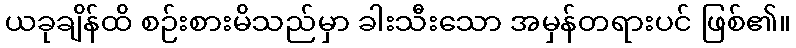
ယခုချိန်ထိ စဉ်းစားမိသည်မှာ ခါးသီးသော အမှန်တရားပင် ဖြစ်၏။